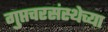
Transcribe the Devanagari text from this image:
गुप्तचरसंस्थेच्या